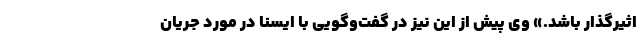
اثیرگذار باشد.» وی پیش از این نیز در گفت‌وگویی با ایسنا در مورد جریان